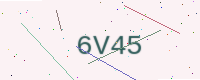
Text: 6V45